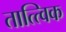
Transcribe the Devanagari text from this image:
तात्त्‍विक